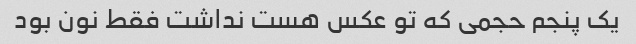
یک پنجم حجمی که تو عکس هست نداشت فقط نون بود